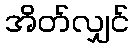
အိတ်လျှင်